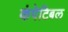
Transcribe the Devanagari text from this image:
कंपेटिबल